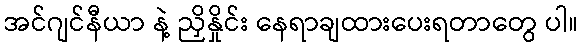
အင်ဂျင်နီယာ နဲ့ ညှိနှိုင်း နေရာချထားပေးရတာတွေ ပါ။